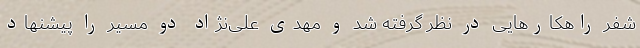
شفر راهکارهایی در نظر گرفته شد و مهدی علی‌نژاد دو مسیر را پیشنهاد